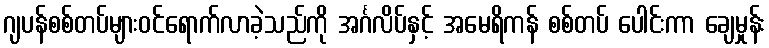
ဂျပန်စစ်တပ်များဝင်ရောက်လာခဲ့သည်ကို အင်္ဂလိပ်နှင့် အမေရိကန် စစ်တပ် ပေါင်းကာ ချေမှုန်း